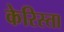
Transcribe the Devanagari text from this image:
केरिस्ता